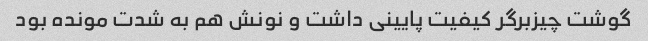
گوشت چیزبرگر کیفیت پایینی داشت و نونش هم به شدت مونده بود